Janeda_(Ambla)_vallavalitsus, lk 51
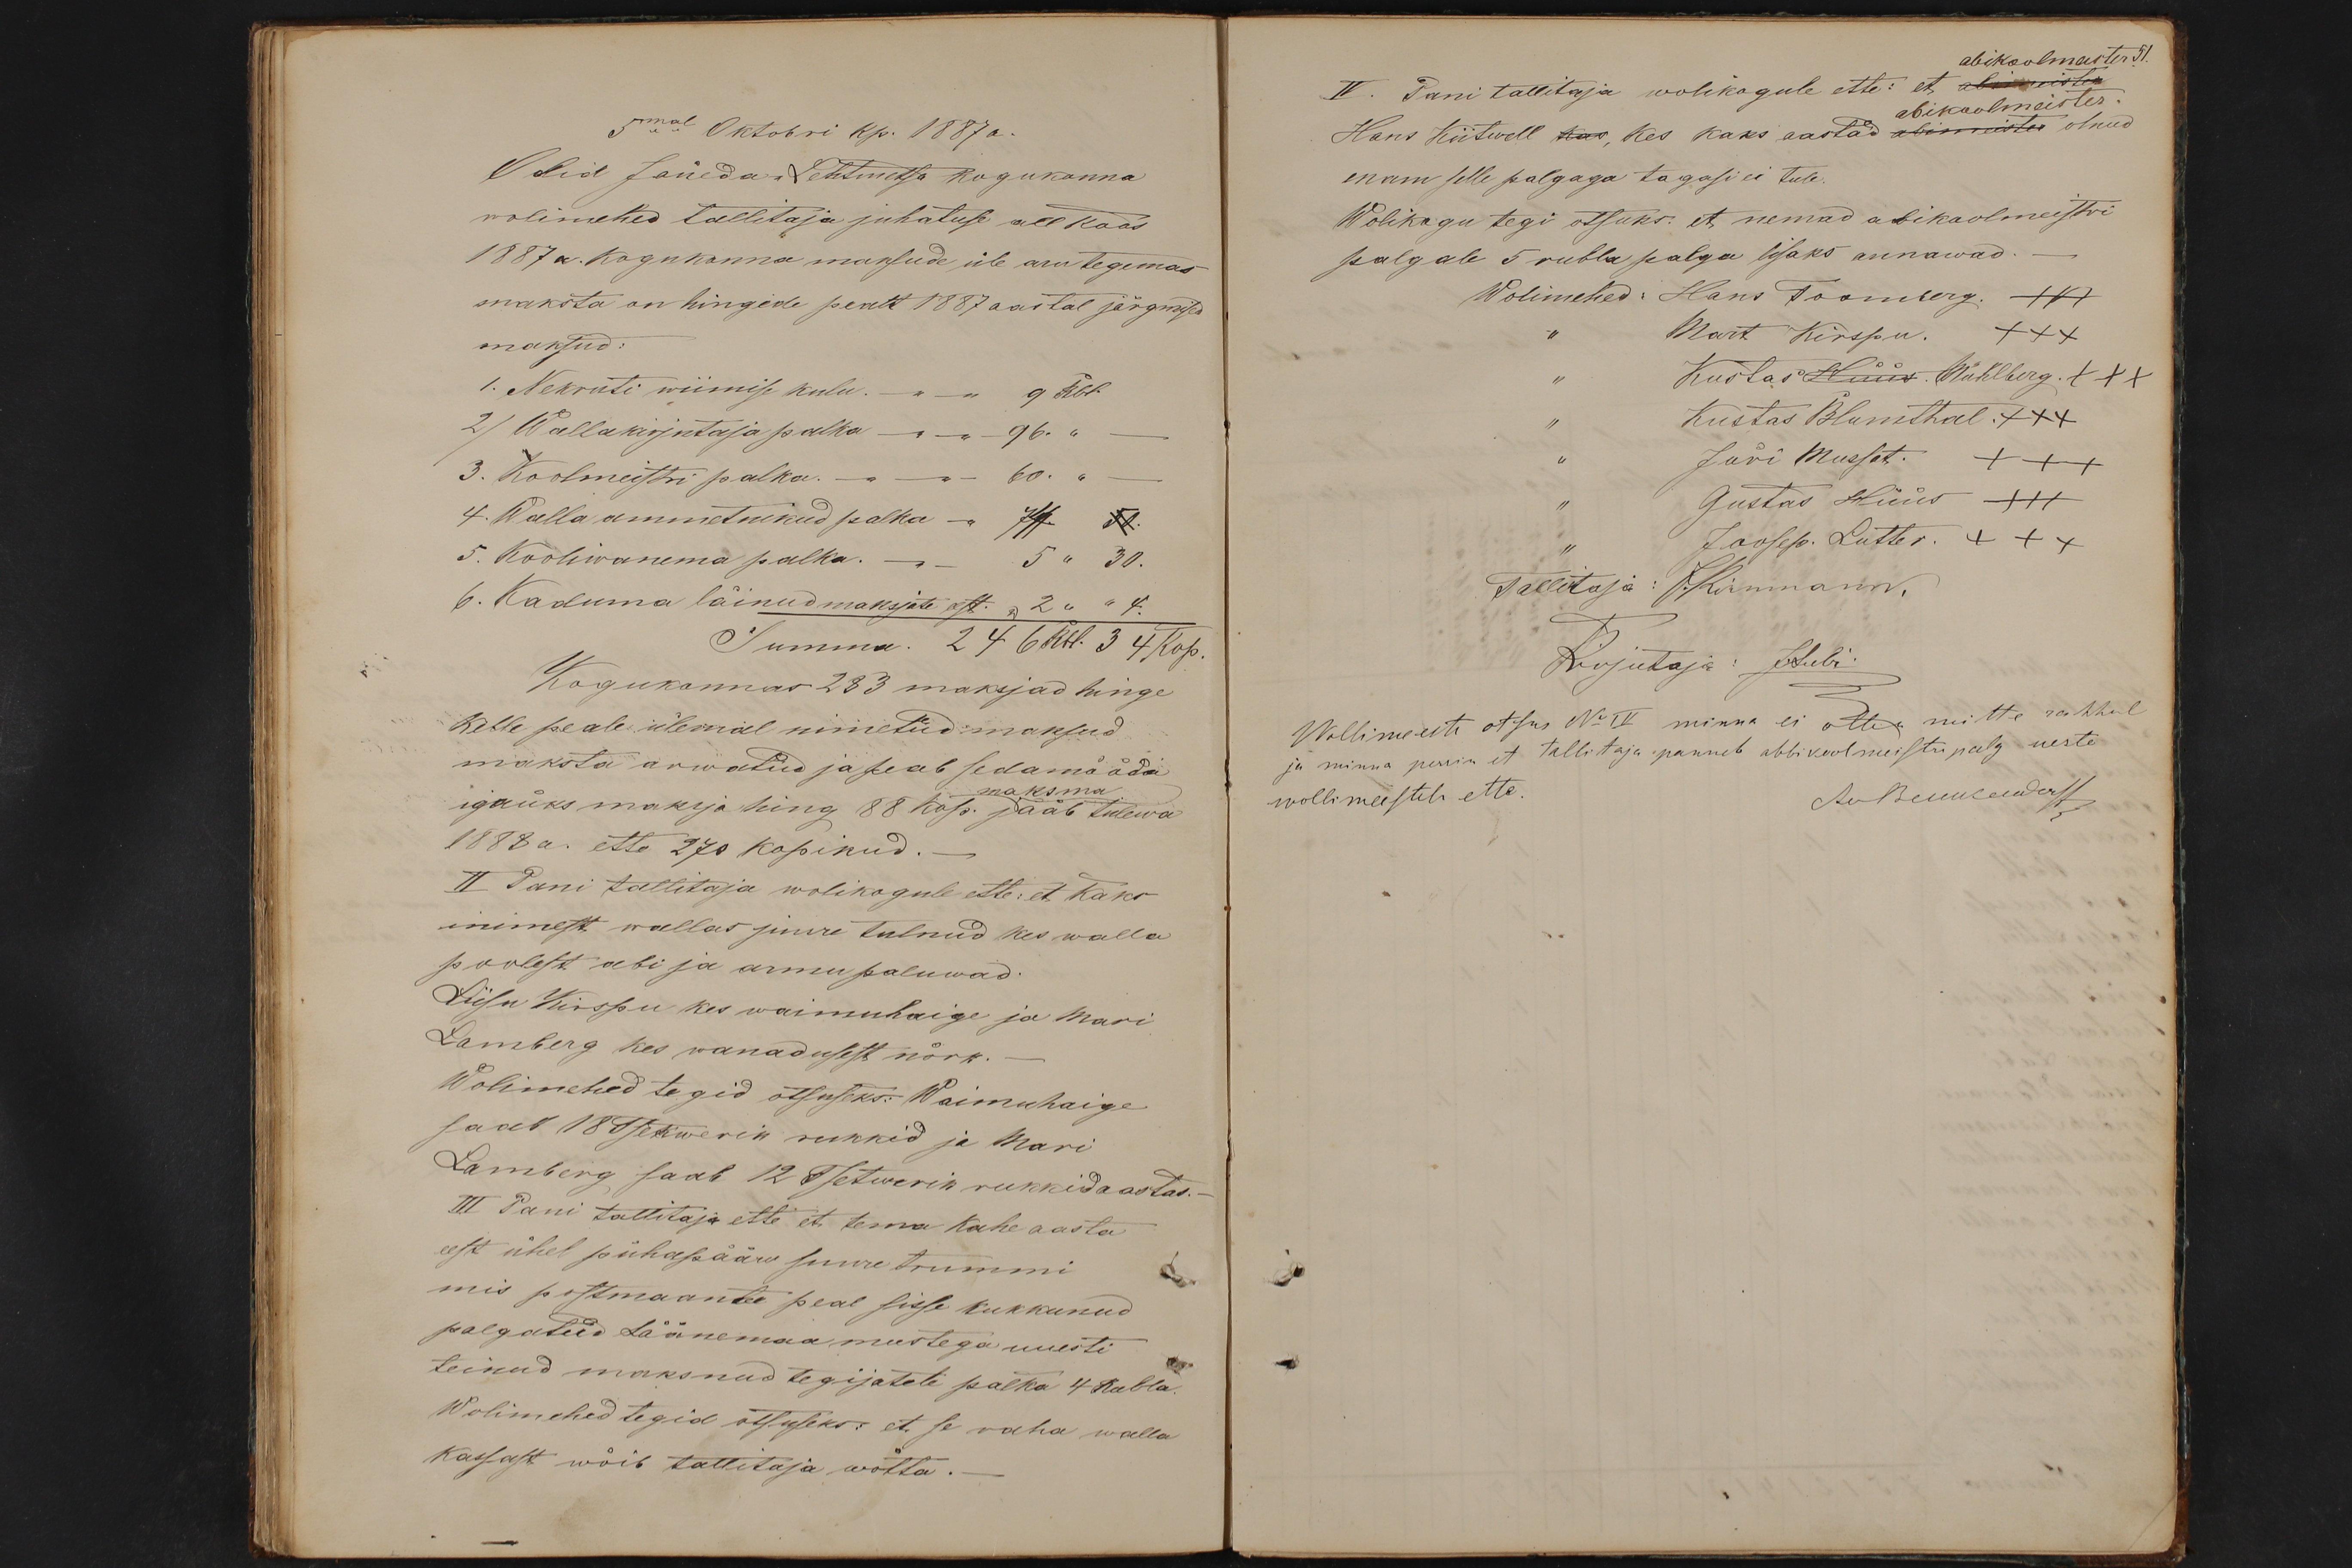
5mal Oktobri kp. 1887 a.
Olid Jäneda-Lehtmetsa kogukonna
wolimehed tallitaja juhatuse all koos
1887 a. kogukonna maksude üle aru tegemas
maksta on hingede pealt 1887 aastal järgmised
maksud:
1. Nekruti wiimise kulu. - " - 9 Rbl.
2) Wallakirjutaja palka - " - 96. "
3. Koolmeistri palka. - " - 60. "
4. Walla ammetnikud palka -" 7 50.
5. Kooliwanema palka. -" - 5 " 30.
6. Kaduma läinud maksjate eest. " 2 " " 4.
Summa. 246 Rbl. 34 Kop.
Kogukonnas 283 maksjad hinge
kelle peale ülemal nimetud maksud
maksta arwatud ja peab sedamööda
maksma
igaüks maksja hing 88 kop. jääb tulewa
1888 a. ette 270 kopikud.
II Pani tallitaja wolikogule ette: et kaks
inimest wallas juure tulnud kes walla
poolest abi ja armu paluwad:
Liisu Kirspu kes waimuhaige ja Mari
Lamberg kes wanadusest nõrk.
Wolimehed tegid otsuseks: Waimuhaige
saab 18 Tsekwerik rukkid ja Mari
Lamberg saab 12 Tsetwerik rukkidaastas. -
III Pani tallitaja ette et tema kahe aasta
eest ühel pühapääw suure trummi
mis postmaantee peal sisse kukkunud
palgatud Läänemaa meestega uuesti
teinud maksnud tegijatele palka 4 Rubla
Wolimehed tegid otsuseks: et se raha walla
kassast wõib tallitaja wõtta. -

51
IV. Pani tallitaja wolikogule ette: et abimeistri
abikoolmeister.
Hans Kiitwell kas, kes kaks aastad abimeister olnud
enam selle palgaga tagasi ei tule.
Wolikogu tegi otsuks. et nemad abikoolmeistri
palgale 5 rubla palga lisaks annawad.
Wolimehed: Hans Toomberg. +++
Mart Kirspu. XXX
Kustas Hüüs. Mühlberg. +++
Kustas Blumthal. XXX
Jüri Mussat. +++
Gustas Hüüs +++
Joosep. Lutter. +++
Tallitaja: J. Kirnmann,
Kirjutaja: JLubi.
Wollimeeste otsus No IV minna ei ollea mitte rahhul
ja minna perrin et tallitaja pannab abbikoolmeistri palg ueste
wollimeestele ette.
A. von Benkendorff